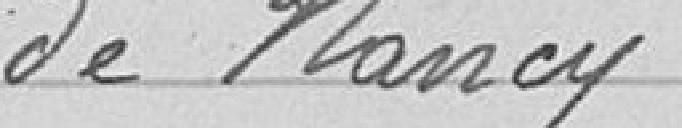
de Nancy.